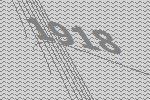
1918